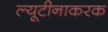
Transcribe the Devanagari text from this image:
ल्यूटीनाकरक